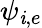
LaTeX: \psi_{\mathit{i},e}